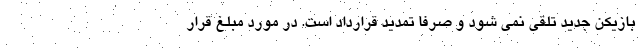
بازیکن جدید تلقی نمی شود و صرفا تمدید قرارداد است. در مورد مبلغ قرار